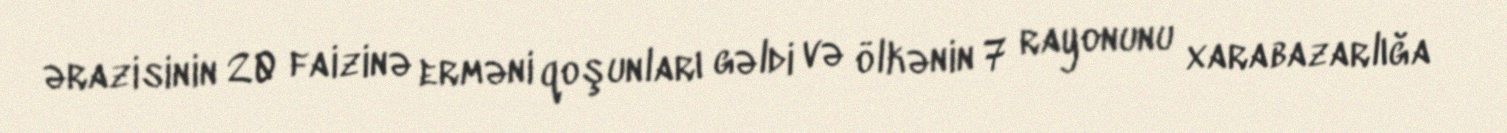
ərazisinin 20 faizinə erməni qoşunları gəldi və ölkənin 7 rayonunu xarabazarlığa